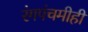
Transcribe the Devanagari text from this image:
रंगपंचमीही